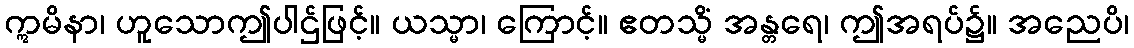
ဣမိနာ၊ ဟူသောဤပါဌ်ဖြင့်။ ယသ္မာ၊ ကြောင့်။ ဧတသ္မိံ အန္တရေ၊ ဤအရပ်၌။ အညေပိ၊